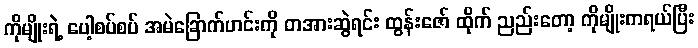
ကိုမျိုးရဲ့ ပေါ့စပ်စပ် အမဲခြောက်ဟင်းကို တအားဆွဲရင်း ထွန်းဇော် ထိုက် ညည်းတော့ ကိုမျိုးကရယ်ပြီး